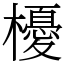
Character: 櫌